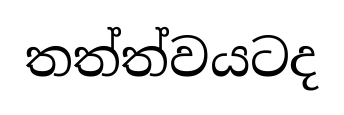
තත්ත්වයටද